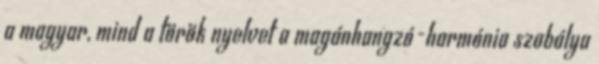
a magyar, mind a török nyelvet a magánhangzó-harmónia szabálya